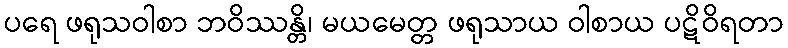
ပရေ ဖရုသဝါစာ ဘဝိဿန္တိ၊ မယမေတ္တ ဖရုသာယ ဝါစာယ ပဋိဝိရတာ